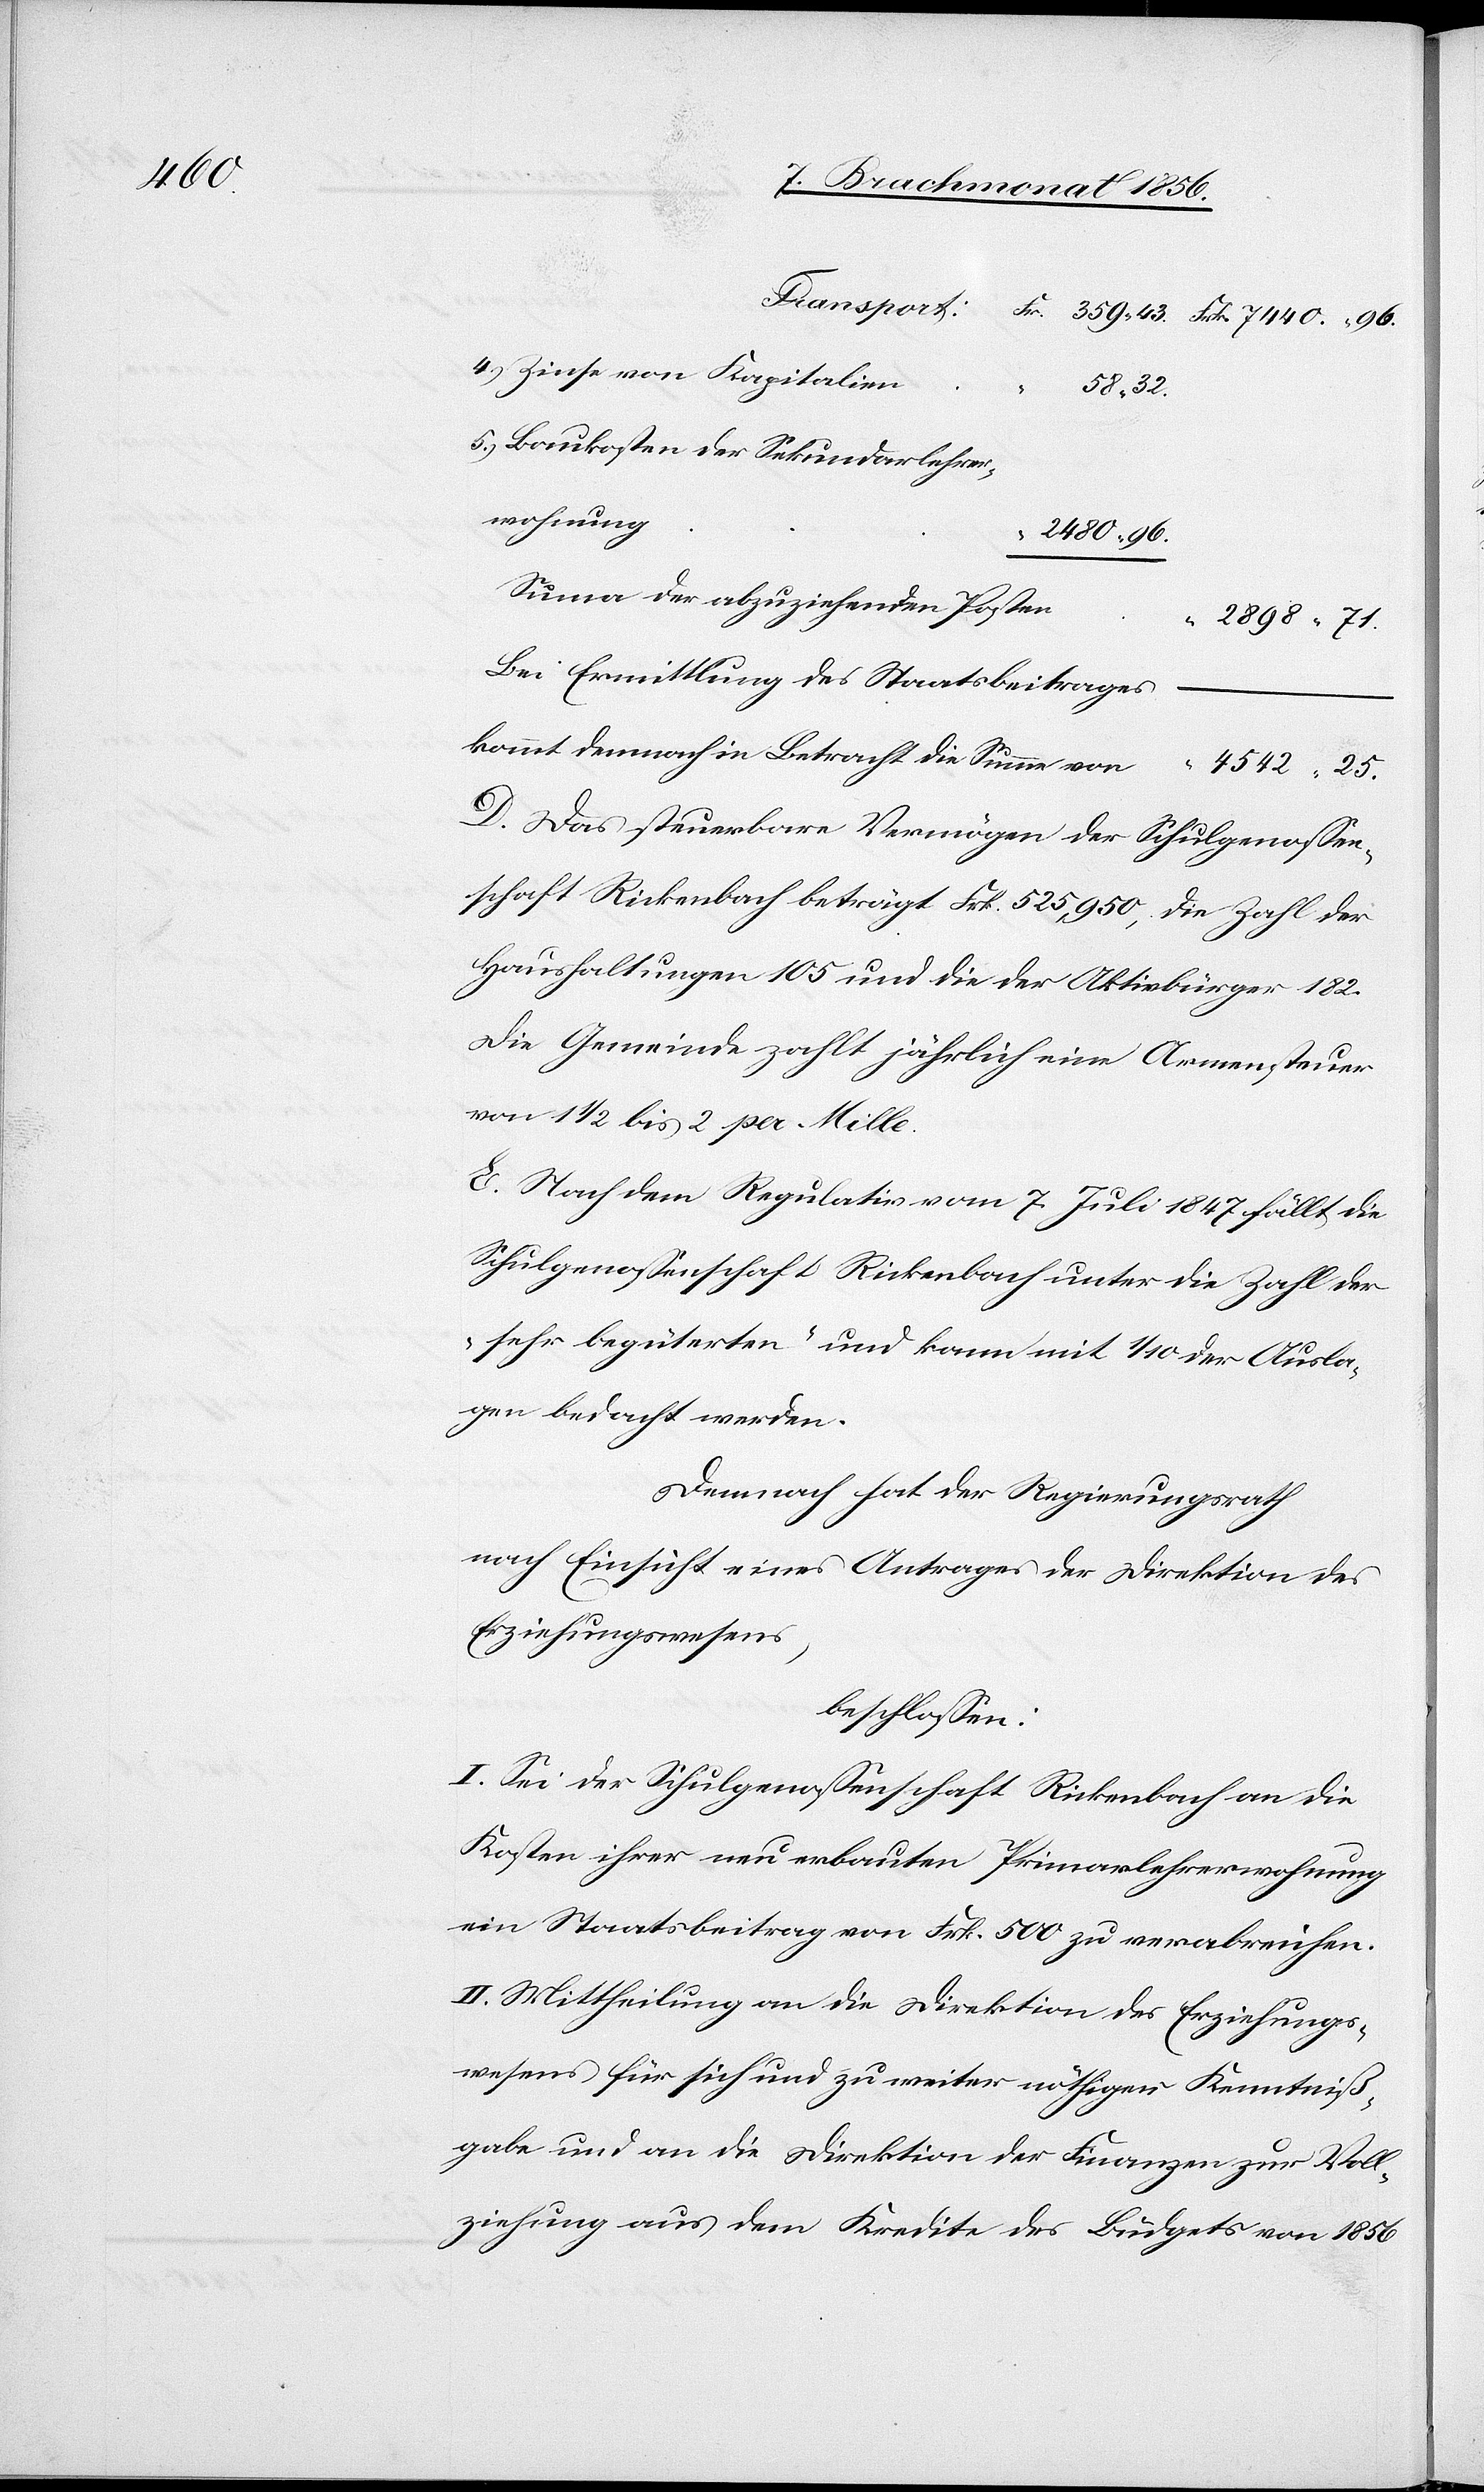
4542.

4.) Zinse von Kapitalien
5.) Baukosten der Sekundarlehrer¬
wohnung
Sum[m]a der abzuziehenden Posten
2898.
Bei Ermittlung des Staatsbeitrages
kommt demnach in Betracht die Summa von
25.
D. Das steuerbare Vermögen der Schulgenossen¬
schaft Rickenbach beträgt Frk. 525,950, die Zahl der
Haushaltungen 105 und die der Aktivbürger 182.
Die Gemeinde zahlt jährlich eine Armensteuer
von 1 ½ bis 2 per Mille.
E. Nach dem Regulativ vom 7. Juli 1847 fällt die
Schulgenossenschaft Rickenbach unter die Zahl der
"sehr begüterten" und kann mit 1/10 der Ausla¬
gen bedacht werden.
Demnach hat der Regierungsrath
nach Einsicht eines Antrages der Direktion des
Erziehungswesens,
beschlossen:
I. Sei der Schulgenossenschaft Rickenbach an die
Kosten ihrer erbauten Primarlehrerwohnung
ein Staatsbeitrag von Frk. 500 zu verabreichen.
II. Mittheilung an die Direktion des Erziehungs¬
wesens für sich und zu weiter nöthiger Kenntniß¬
gabe und an die Direktion der Finanzen zur Voll¬
ziehung aus dem Kredite des Büdgets von 1856